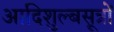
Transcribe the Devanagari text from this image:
आदिशुल्बसूत्रों